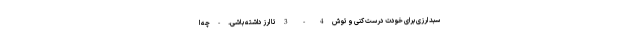
سبد ارزی برای خودت درست کنی و توش 4 - 3 تا ارز داشته باشی. - چه ا